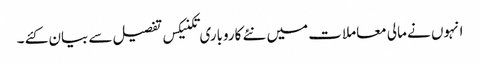
انہوں نے مالی معاملات میں نئے کاروباری تکنیکس تفصیل سے بیان کئے ۔